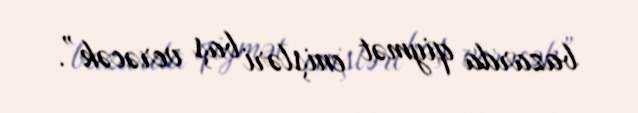
bazarda qiymət enişləri baş verəcək”.